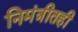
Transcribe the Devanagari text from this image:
निमंत्रीतही